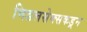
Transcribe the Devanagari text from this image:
मिडलसेक्सकडून